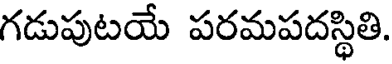
గడుపుటయే పరమపదస్థితి.